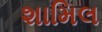
શામિલ